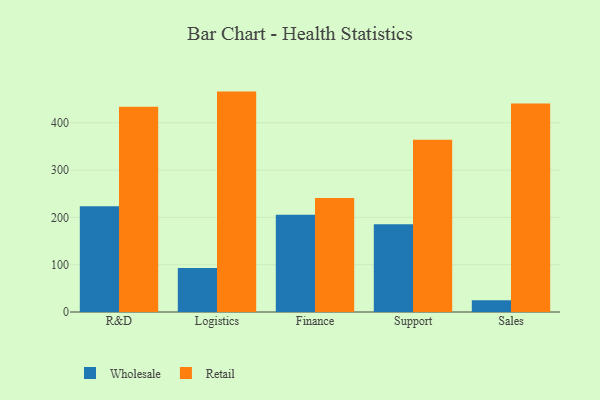
{"axis": {"x": "Department", "y": "Temperature (°C)"}, "legend": ["Retail", "Wholesale"], "data": [{"x": "R&D", "y": 223.3, "type": "Wholesale"}, {"x": "R&D", "y": 433.7, "type": "Retail"}, {"x": "Logistics", "y": 92.8, "type": "Wholesale"}, {"x": "Logistics", "y": 465.9, "type": "Retail"}, {"x": "Finance", "y": 205.7, "type": "Wholesale"}, {"x": "Finance", "y": 240.8, "type": "Retail"}, {"x": "Support", "y": 185.6, "type": "Wholesale"}, {"x": "Support", "y": 364.3, "type": "Retail"}, {"x": "Sales", "y": 25.0, "type": "Wholesale"}, {"x": "Sales", "y": 440.9, "type": "Retail"}]}